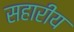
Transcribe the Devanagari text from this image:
सहारीय